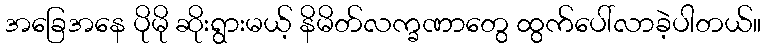
အခြေအနေ ပိုမို ဆိုးရွားမယ့် နိမိတ်လက္ခဏာတွေ ထွက်ပေါ်လာခဲ့ပါတယ်။